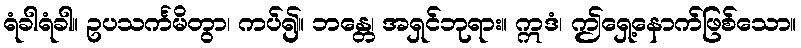
ရံခါရံခါ။ ဥပသင်္ကမိတွာ၊ ကပ်၍။ ဘန္တေ၊ အရှင်ဘုရား။ ဣဒံ၊ ဤရှေ့နောက်ဖြစ်သော။